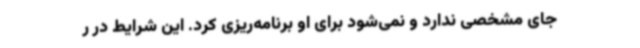
جای مشخصی ندارد و نمی‌شود برای او برنامه‌ریزی کرد. این شرایط در ر